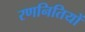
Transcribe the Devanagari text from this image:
रणनितियों